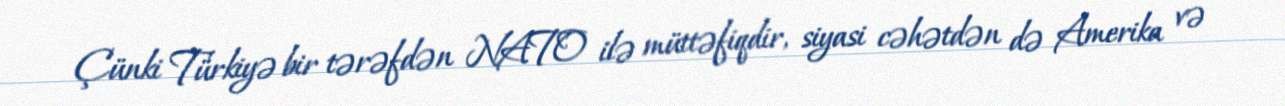
Çünki Türkiyə bir tərəfdən NATO ilə müttəfiqdir, siyasi cəhətdən də Amerika və